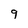
Character: 9